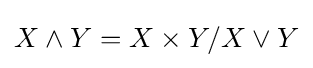
X\wedge Y=X\times Y/X\vee Y